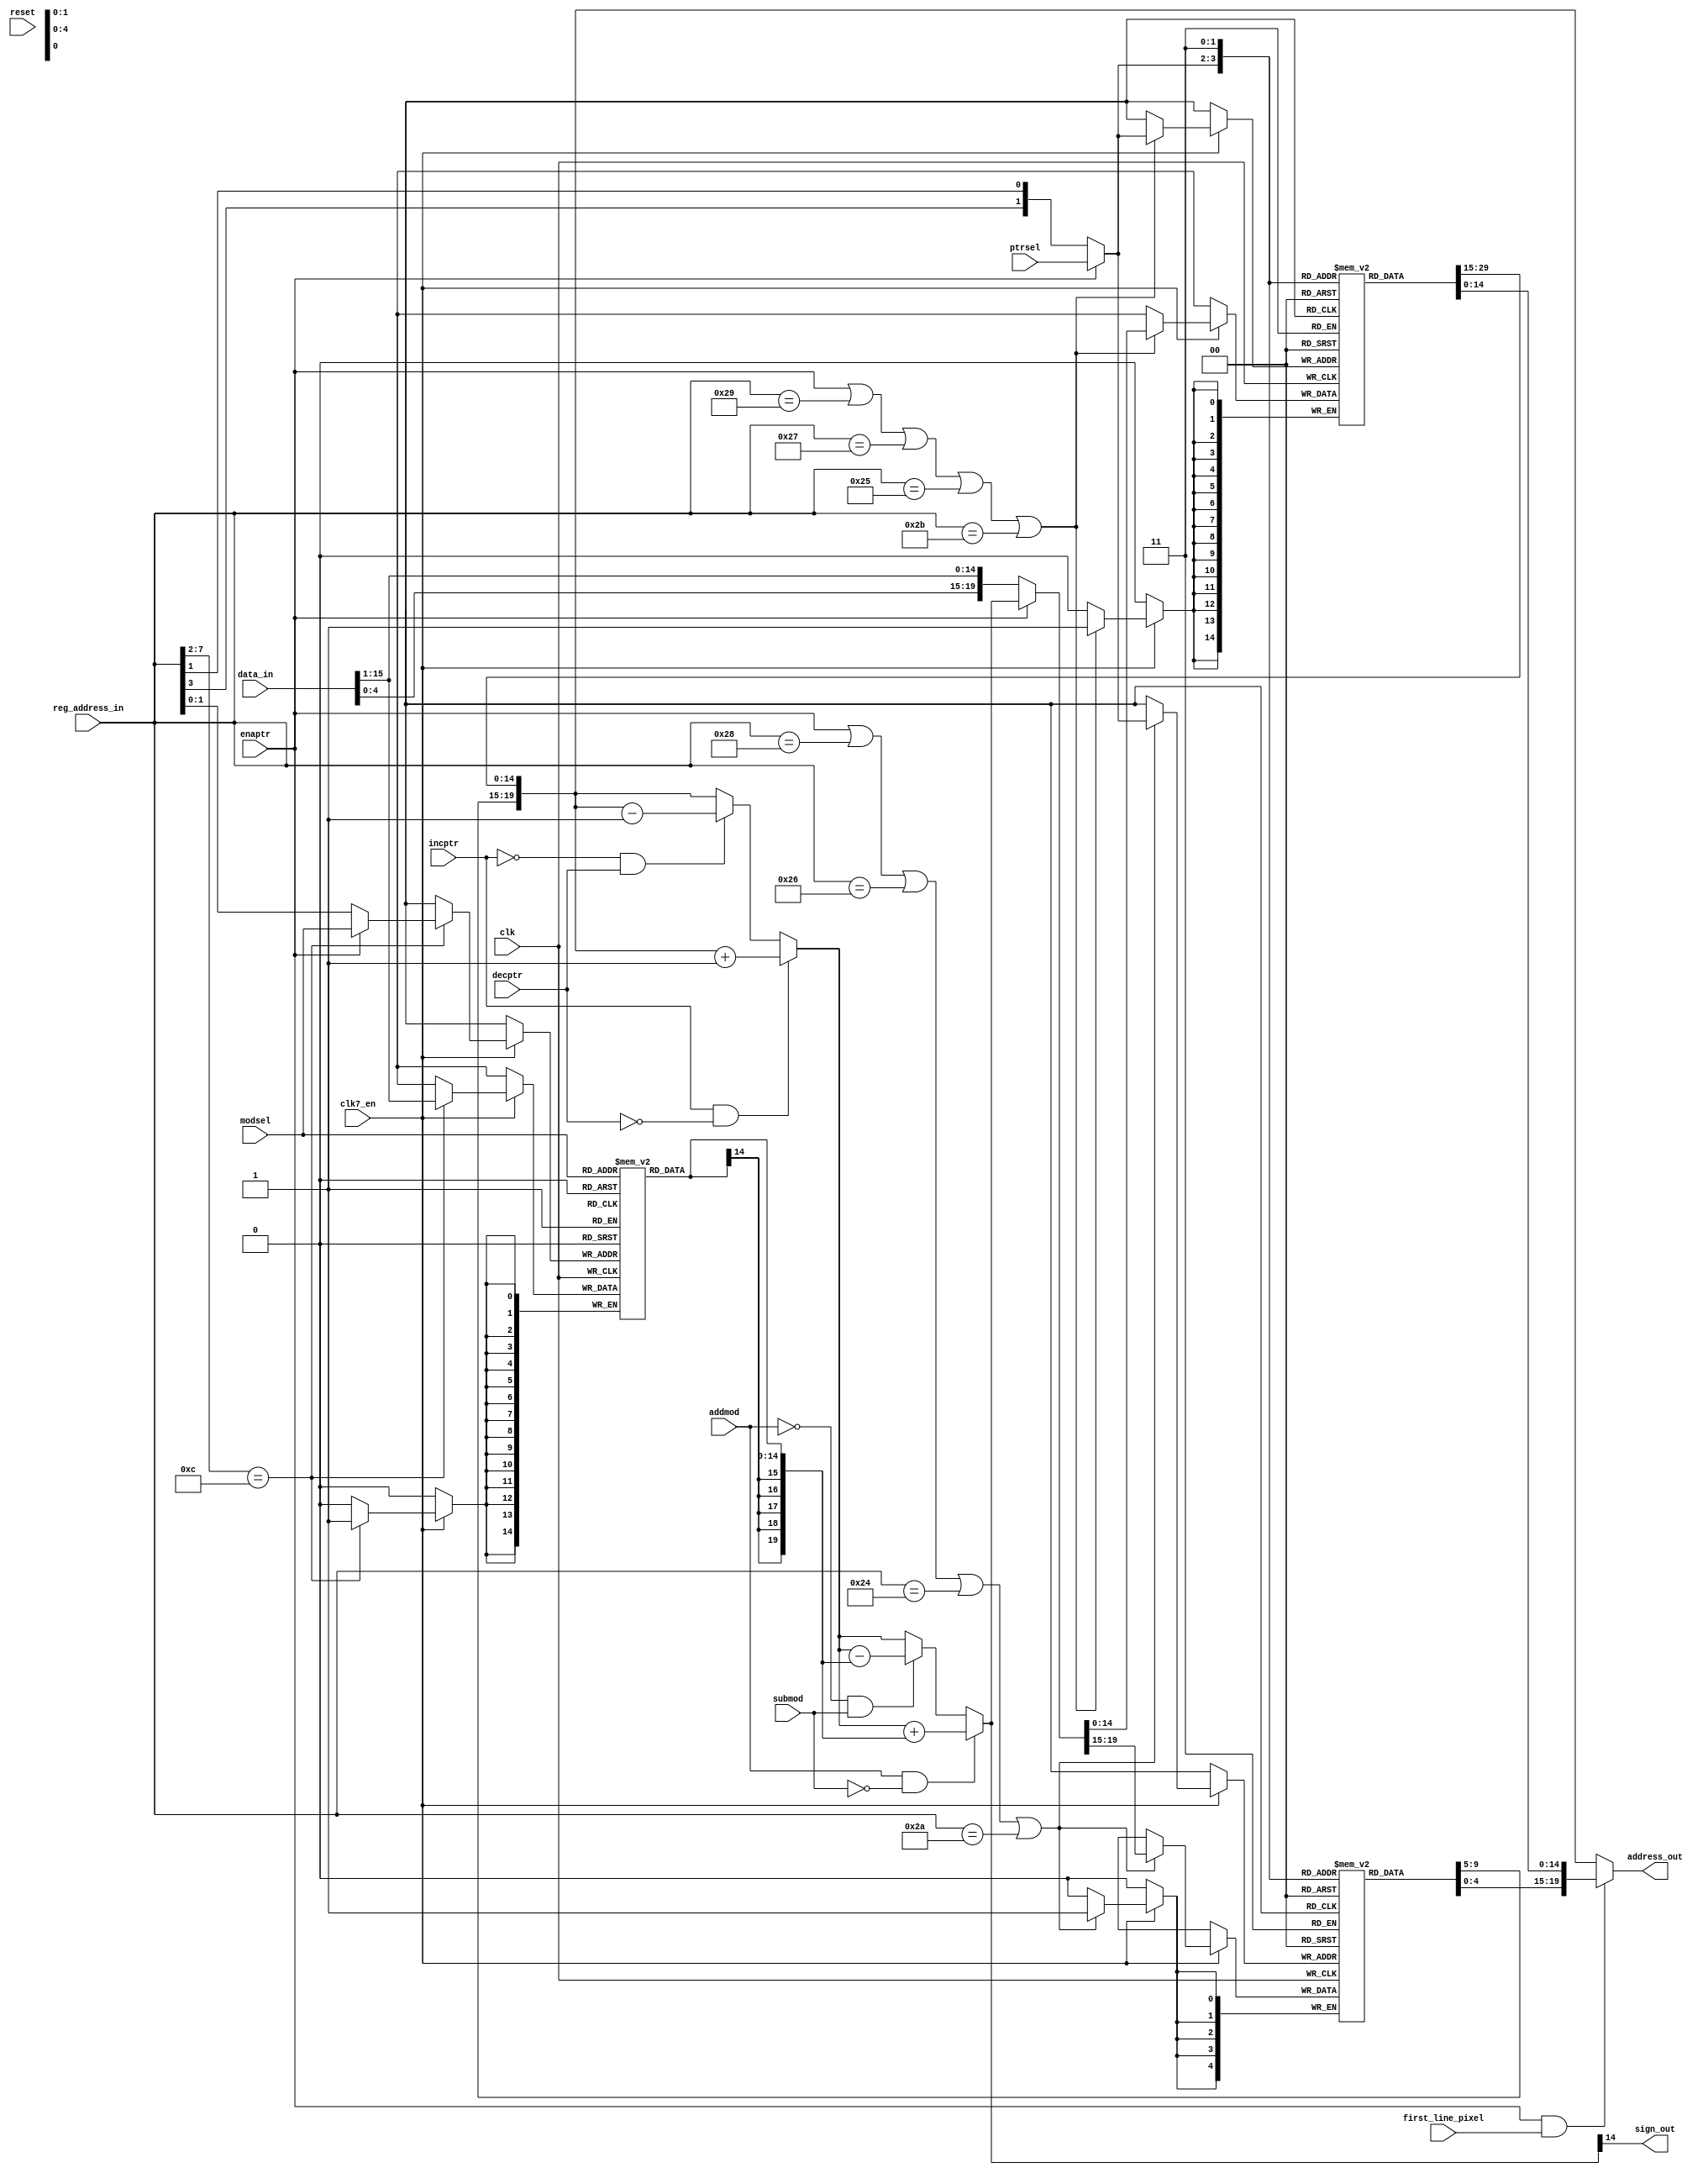
module agnus_blitter_adrgen
(
	input	clk,					// bus clock
  input clk7_en,
	input	reset,					// reset
  input first_line_pixel,
	input	[1:0] ptrsel,			// pointer register selection
	input	[1:0] modsel,			// modulo register selection
	input	enaptr,					// enable pointer selection and update
	input	incptr,					// increase selected pointer register
	input	decptr,					// decrease selected pointer register
	input	addmod,					// add selected modulo register to selected pointer register
	input	submod,					// substract selected modulo register from selected pointer register
	output	sign_out,				// sign output (used for line mode)
	input	[15:0] data_in,			// bus data in
	input	[8:1] reg_address_in,	// register address input
	output	[20:1] address_out		// generated address out
);

//register names and addresses
parameter BLTAMOD = 9'h064;
parameter BLTBMOD = 9'h062;
parameter BLTCMOD = 9'h060;
parameter BLTDMOD = 9'h066;
parameter BLTAPTH = 9'h050;
parameter BLTAPTL = 9'h052;
parameter BLTBPTH = 9'h04c;
parameter BLTBPTL = 9'h04e;
parameter BLTCPTH = 9'h048;
parameter BLTCPTL = 9'h04a;
parameter BLTDPTH = 9'h054;
parameter BLTDPTL = 9'h056;

//channel select codes
parameter CHA = 2'b10;			// channel A
parameter CHB = 2'b01;			// channel B
parameter CHC = 2'b00;			// channel C
parameter CHD = 2'b11;			// channel D

//local signals
wire 	[1:0]	bltptr_sel;		// blitter pointer select
wire 	[20:1]	bltptr_in;		// blitter pointer registers input
reg		[20:16] bltpth [3:0];	// blitter pointer register bank (high)
wire	[20:16] bltpth_out;		// blitter pointer register bank output (high)
reg		[15:1]  bltptl [3:0];	// blitter pointer register bank (low)
wire	[15:1]  bltptl_out;		// blitter pointer register bank output (low)
wire	[20:1]	bltptr_out;		// blitter pointer register bank output

wire 	[1:0]	bltmod_sel;		// blitter modulo register select
reg		[15:1]  bltmod [3:0];	// blitter modulo register bank
wire	[15:1]  bltmod_out;		// blitter modulo register bank output

reg		[20:1]  newptr;			// new pointer value
reg 	[20:1]	t_newptr; 		// temporary pointer value

//--------------------------------------------------------------------------------------

//pointer register bank

assign bltptr_in[20:1] = enaptr ? newptr[20:1] : {data_in[4:0], data_in[15:1]};

assign bltptr_sel = enaptr ? ptrsel : {reg_address_in[4],reg_address_in[2]};

always @(posedge clk)
  if (clk7_en) begin
  	if (enaptr || reg_address_in[8:1]==BLTAPTH[8:1] || reg_address_in[8:1]==BLTBPTH[8:1] || reg_address_in[8:1]==BLTCPTH[8:1] || reg_address_in[8:1]==BLTDPTH[8:1])
  		bltpth[bltptr_sel] <= bltptr_in[20:16];
  end

assign bltpth_out = bltpth[bltptr_sel];		
		
always @(posedge clk)
  if (clk7_en) begin
  	if (enaptr || reg_address_in[8:1]==BLTAPTL[8:1] || reg_address_in[8:1]==BLTBPTL[8:1] || reg_address_in[8:1]==BLTCPTL[8:1] || reg_address_in[8:1]==BLTDPTL[8:1])
  		bltptl[bltptr_sel] <= bltptr_in[15:1];
  end

assign bltptl_out = bltptl[bltptr_sel];

assign bltptr_out = {bltpth_out, bltptl_out};	
	
assign address_out = enaptr && first_line_pixel ? {bltpth[CHD], bltptl[CHD]} : bltptr_out;
    
//--------------------------------------------------------------------------------------

//modulo register bank

assign bltmod_sel = enaptr ? modsel : reg_address_in[2:1];

always @(posedge clk)
  if (clk7_en) begin
  	if (reg_address_in[8:3]==BLTAMOD[8:3])
  		bltmod[bltmod_sel] <= data_in[15:1];
  end
assign bltmod_out = bltmod[modsel];

//--------------------------------------------------------------------------------------

// pointer arithmetic unit

// increment or decrement selected pointer
always @(*)
	if (incptr && !decptr)
		t_newptr = bltptr_out + 20'h1; // increment selected pointer
	else if (!incptr && decptr)
		t_newptr = bltptr_out - 20'h1; // decrement selected pointer
	else
		t_newptr = bltptr_out;

// add or substract modulo
always @(*)
	if (addmod && !submod)
		newptr = t_newptr + {{5{bltmod_out[15]}},bltmod_out[15:1]}; // add modulo (sign extended)
	else if (!addmod && submod)
		newptr = t_newptr - {{5{bltmod_out[15]}},bltmod_out[15:1]}; // substract modulo (sign extended)
	else
		newptr = t_newptr;

//sign output
assign sign_out = newptr[15]; // used in line mode as the sign of Bresenham's error accumulator (channel A pointer acts as an accumulator)


endmodule